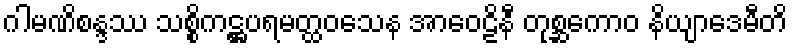
ဂါမဏိစန္ဒဿ သစ္စိကဋ္ဌပရမတ္ထဝသေန အာဝေဠိနီ တုစ္ဆကောဝ နိယျာဒေမီတိ